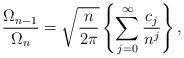
LaTeX: \begin{align*}\frac{\Omega _{n-1}}{\Omega _{n}}=\sqrt{\frac{n}{2\pi }}\left\{\sum_{j=0}^{\infty }\frac{c_{j}}{n^{j}}\right\} , \end{align*}